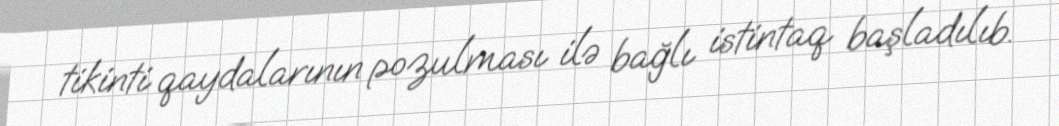
tikinti qaydalarının pozulması ilə bağlı istintaq başladılıb.